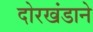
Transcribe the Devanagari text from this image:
दोरखंडाने